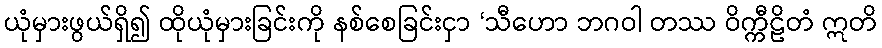
ယုံမှားဖွယ်ရှိ၍ ထိုယုံမှားခြင်းကို နစ်စေခြင်းငှာ ‘သီဟော ဘဂဝါ တဿ ဝိက္ကီဠိတံ ဣတိ